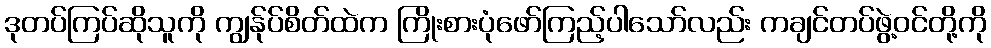
ဒုတပ်ကြပ်ဆိုသူကို ကျွန်ုပ်စိတ်ထဲက ကြိုးစားပုံဖော်ကြည့်ပါသော်လည်း ကချင်တပ်ဖွဲ့ဝင်တို့ကို